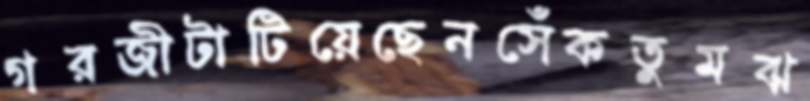
গরজীটাটিয়েছেনসেঁকতুমঝ